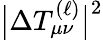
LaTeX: \big|\Delta T_{\mu\nu}^{(\ell)}\big|^{2}